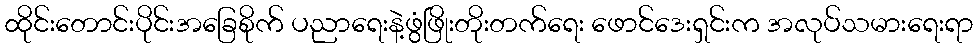
ထိုင်းတောင်းပိုင်းအခြေစိုက် ပညာရေးနဲ့ဖွံဖြိုးတိုးတက်ရေး ဖောင်ဒေးရှင်းက အလုပ်သမားရေးရာ